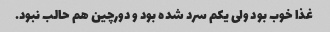
غذا خوب بود ولی یکم سرد شده بود و دورچین هم حالب نبود.